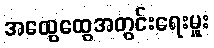
အထွေထွေအတွင်းရေးမှူး